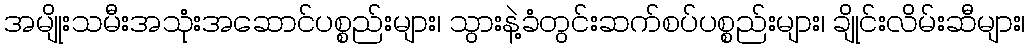
အမျိုးသမီးအသုံးအဆောင်ပစ္စည်းများ၊ သွားနဲ့ခံတွင်းဆက်စပ်ပစ္စည်းများ၊ ချိုင်းလိမ်းဆီများ၊